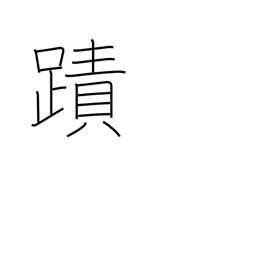
Meaning: footprint